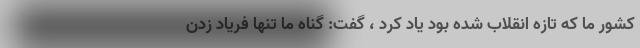
کشور ما که تازه انقلاب شده بود یاد کرد ، گفت: گناه ما تنها فریاد زدن